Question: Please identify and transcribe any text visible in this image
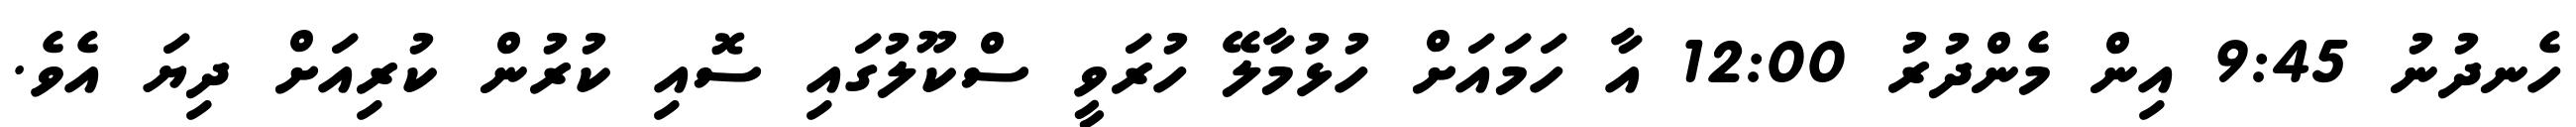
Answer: ހެނދުނު 9:45 އިން މެންދުރު 12:00 އާ ހަމައަށް ހުޅުމާލޭ ހުރަވީ ސްކޫލުގައި ސޮއި ކުރުން ކުރިއަށް ދިޔަ އެވެ.